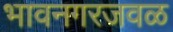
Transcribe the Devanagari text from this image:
भावनगरजवळ